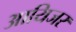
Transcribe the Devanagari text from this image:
आयिजर